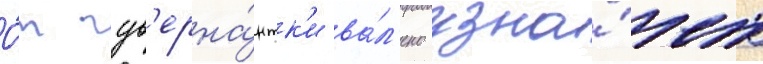
О́т гув'ерна́нтк'и ва́л'ено узна́ет